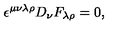
\epsilon ^ { \mu \nu \lambda \rho } D _ { \nu } F _ { \lambda \rho } = 0 ,